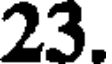
23.